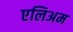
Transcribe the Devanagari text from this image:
एलिअम